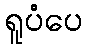
ရူပံပေ